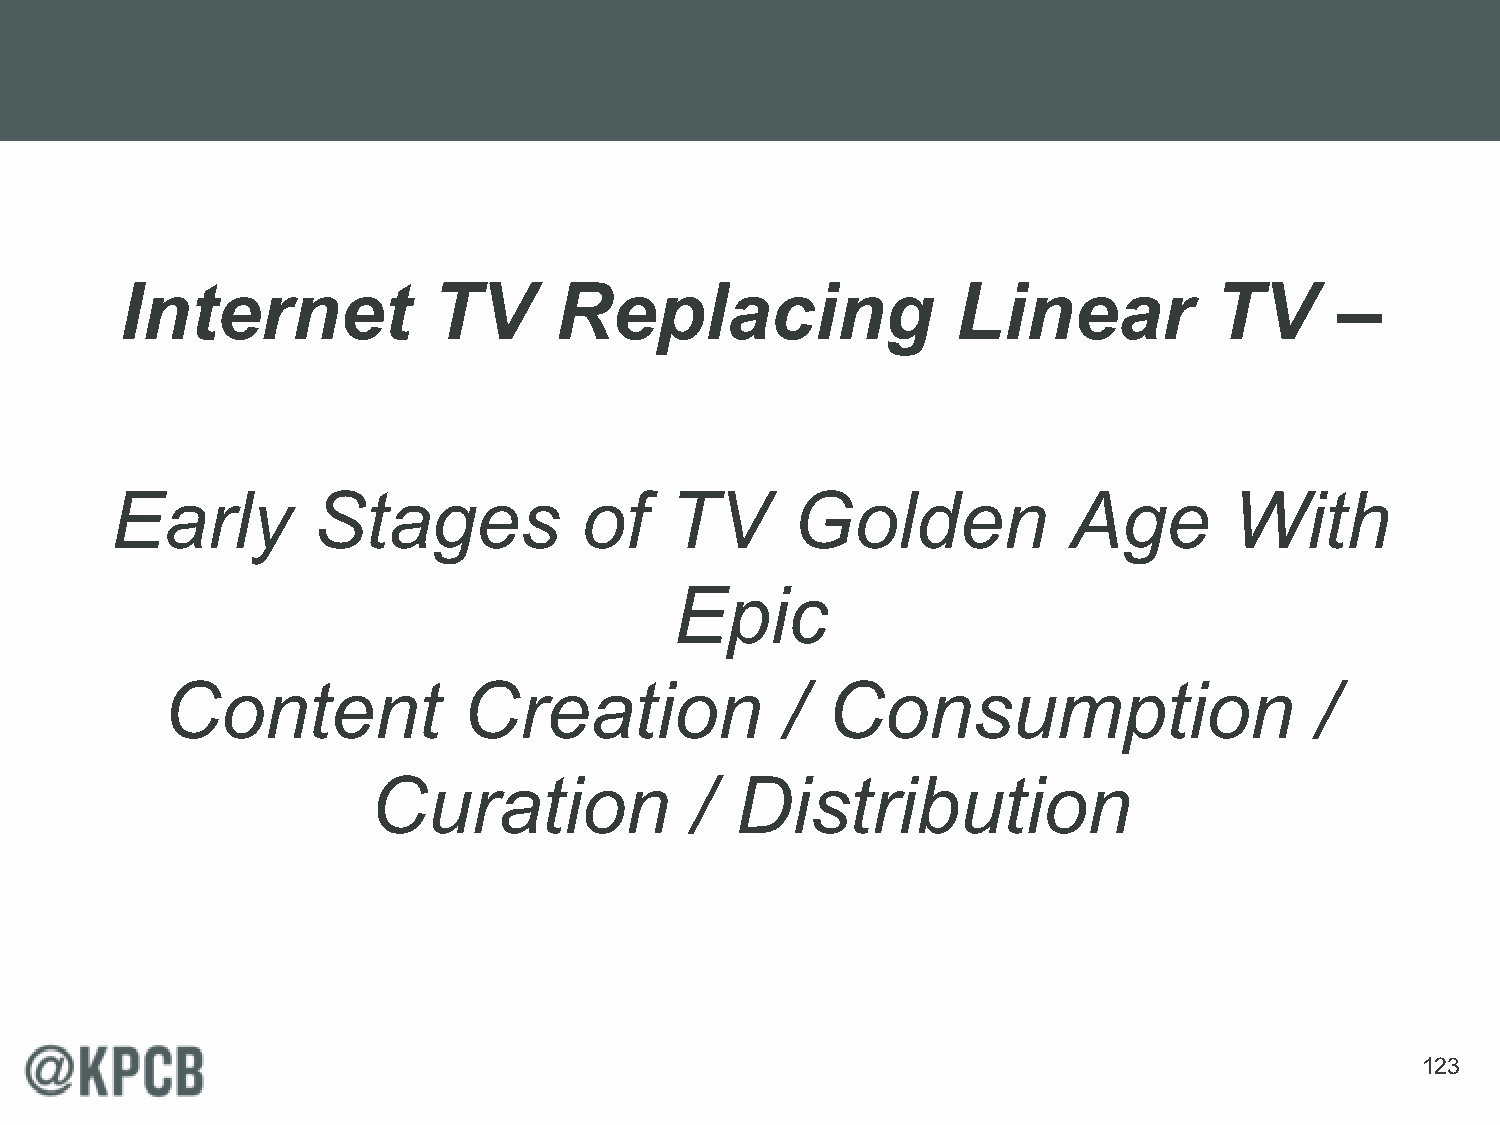
Internet             TV      Replacing                 Linear           TV       –
 Early         Stages           of    TV      Golden             Age        With
 Epic
 Content             Creation             /  Consumption                     /
 Curation             /  Distribution
 123